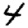
Digit: 4